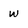
Character: w